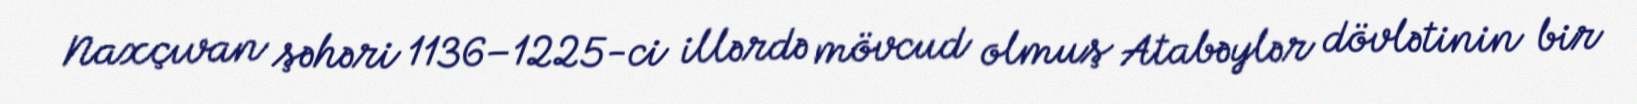
Naxçıvan şəhəri 1136–1225-ci illərdə mövcud olmuş Atabəylər dövlətinin bir